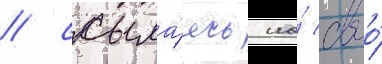
/ ссыла́ясь на́ своо́